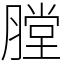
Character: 膛